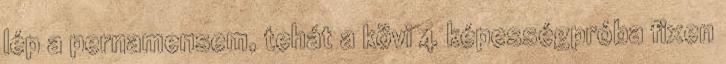
lép a pernamensem, tehát a kövi 4 képességpróba fixen